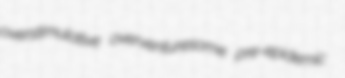
overstimulative overventuresome pre-epidemic